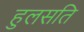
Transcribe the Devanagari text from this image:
हुलसति